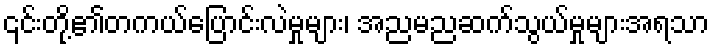
၎င်းတို့၏တကယ်ပြောင်းလဲမှုများ၊ အညမညဆက်သွယ်မှုများအရသာ